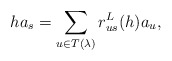
\begin{align*} ha_{s} =\sum_{u\in T(\lambda)}r^L_{us}(h)a_{u}, \end{align*}